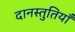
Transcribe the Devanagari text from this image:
दानस्तुतियाँ